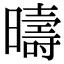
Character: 𣋬